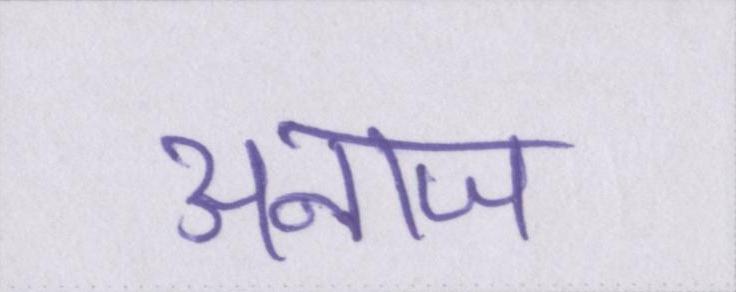
अनाज